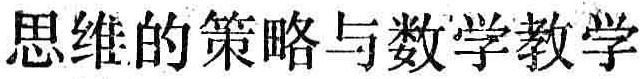
思维的策略与数学教学